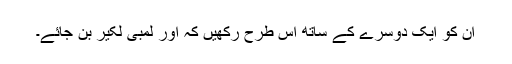
ان کو ایک دوسرے کے ساتھ اس طرح رکھیں کہ اور لمبی لکیر بن جائے۔